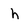
Character: h